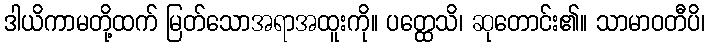
ဒါယိကာမတို့ထက် မြတ်သောအရာအထူးကို။ ပတ္ထေသိ၊ ဆုတောင်း၏။ သာမာဝတီပိ၊